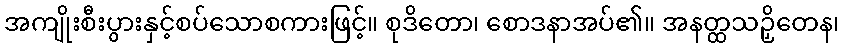
အကျိုးစီးပွားနှင့်စပ်သောစကားဖြင့်။ စုဒိတော၊ စောဒနာအပ်၏။ အနတ္ထသဉှိတေန၊